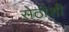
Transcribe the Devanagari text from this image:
सेठीशी